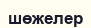
шөжелер